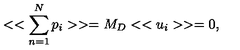
< < \sum _ { n = 1 } ^ { N } p _ { i } > > = M _ { D } < < u _ { i } > > = 0 ,